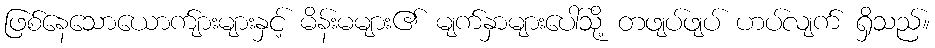
ဖြစ်နေသောယောက်ျားများနှင့် မိန်းမများ၏ မျက်နှာများပေါ်သို့ တဖျပ်ဖျပ် ဟပ်လျက် ရှိသည်။